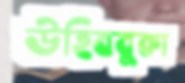
উহিববুকা